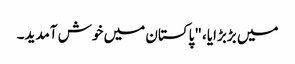
میں بڑبڑایا، "پاکستان میں خوش آمدید۔